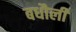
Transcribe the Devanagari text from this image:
बधौली